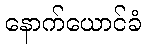
နောက်ယောင်ခံ